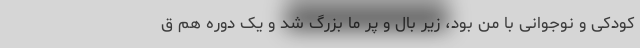
کودکی و نوجوانی با من بود، زیر بال و پر ما بزرگ شد و یک دوره هم ق